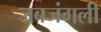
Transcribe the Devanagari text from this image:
जबजंगली